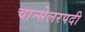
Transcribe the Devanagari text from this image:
चान्सेलरपदी